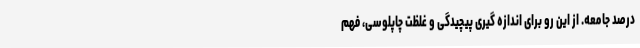
درصدِ جامعه. از این رو برای اندازه گیری پیچیدگی و غلظتِ چاپلوسی، فهمِ